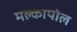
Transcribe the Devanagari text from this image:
मल्कापोल